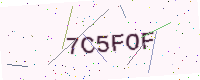
Text: 7C5FOF